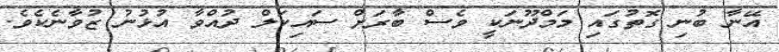
އޭނާ ބުނި ގޮތުގައި މަމްދޫނަކީ ވެސް ބާރަށް ސައިކަލް ދުއްވާ އުޅުނު ޒުވާނެކެވެ.